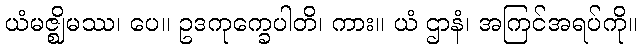
ယံမဇ္ဈိမဿ၊ ပေ။ ဥဒကုက္ခေပါတိ၊ ကား။ ယံ ဌာနံ၊ အကြင်အရပ်ကို။